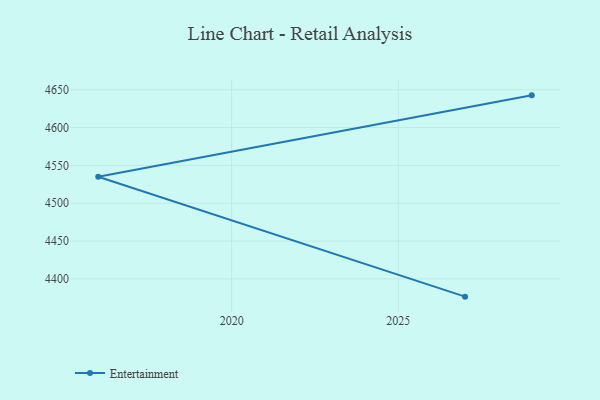
{"axis": {"x": "Year", "y": "Churn Rate (%)"}, "legend": ["Entertainment"], "data": [{"x": "2027", "y": 4376.5, "type": "Entertainment"}, {"x": "2016", "y": 4534.9, "type": "Entertainment"}, {"x": "2029", "y": 4642.6, "type": "Entertainment"}]}